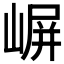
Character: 𫶈